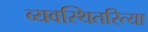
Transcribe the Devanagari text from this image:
व्यवस्थितरित्या